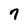
Character: 7